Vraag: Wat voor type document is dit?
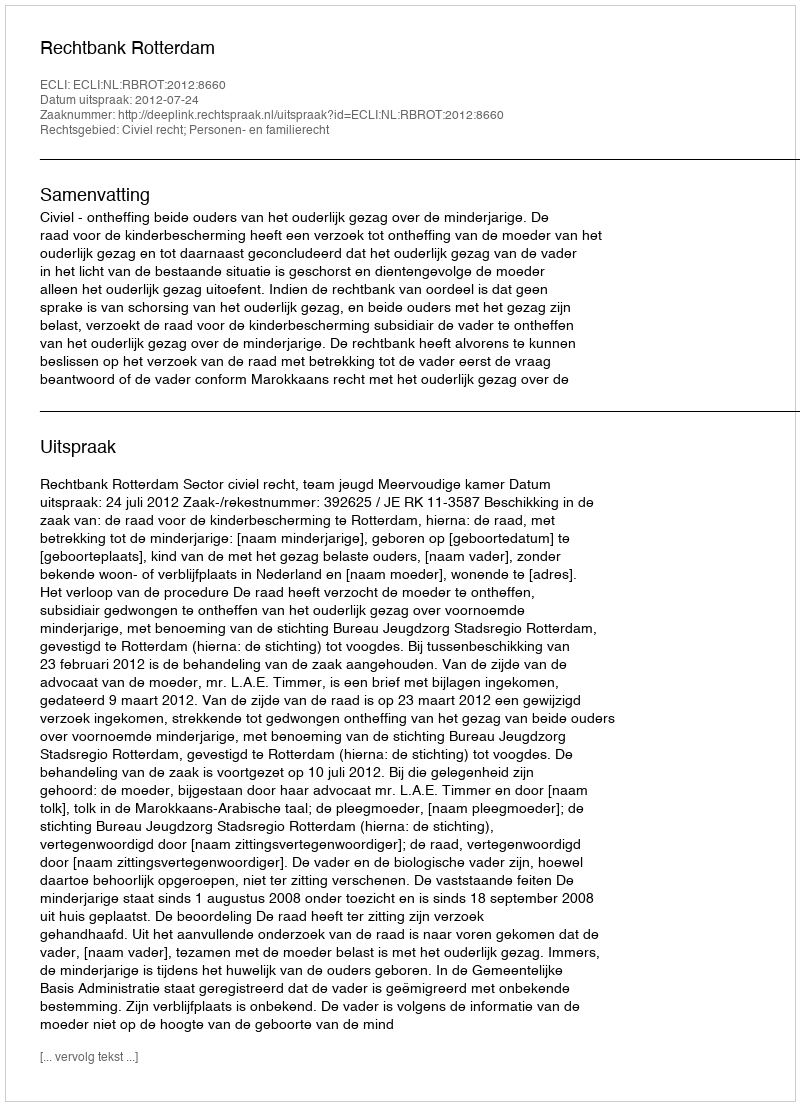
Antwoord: Uitspraak